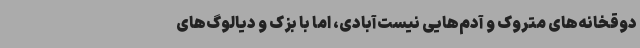
دوقخانه‌های متروک و آدم‌هایی نیست‌آبادی، اما با بزک و دیالوگ‌های